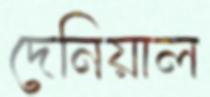
দেনিয়াল